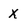
Character: x